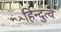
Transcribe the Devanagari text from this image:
हिन्‍दुत्‍व